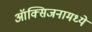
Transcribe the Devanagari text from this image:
ऑक्सिजनामध्ये